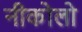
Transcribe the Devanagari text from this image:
नीकोलो